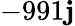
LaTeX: -991\mathbf{j}